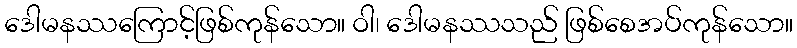
ဒေါမနဿကြောင့်ဖြစ်ကုန်သော။ ဝါ၊ ဒေါမနဿသည် ဖြစ်စေအပ်ကုန်သော။